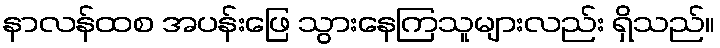
နာလန်ထစ အပန်းဖြေ သွားနေကြသူများလည်း ရှိသည်။